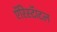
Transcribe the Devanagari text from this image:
एॅरिस्टॅाटल